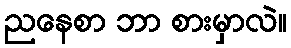
ညနေစာ ဘာ စားမှာလဲ။